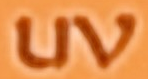
uv